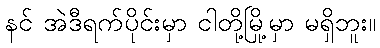
နင် အဲဒီရက်ပိုင်းမှာ ငါတို့မြို့မှာ မရှိဘူး။